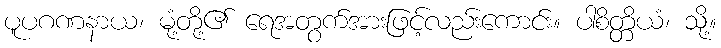
ပူပဂဏနာယ၊ မုံ့တို့၏ ရေအတွက်အားဖြင့်လည်းကောင်း။ ပါစိတ္တိယံ၊ သို့။